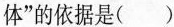
体”的依据是( )